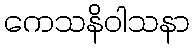
ကေသနိဝါသနာ